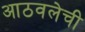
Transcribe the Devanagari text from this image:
आठवलेची